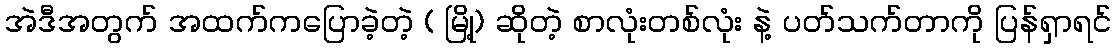
အဲဒီအတွက် အထက်ကပြောခဲ့တဲ့ ( မြို့) ဆိုတဲ့ စာလုံးတစ်လုံး နဲ့ ပတ်သက်တာကို ပြန်ရှာရင်